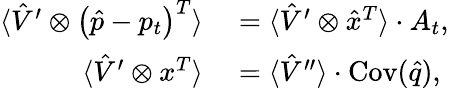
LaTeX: \begin{array}{rl}{\langle\hat{V}^{\prime}\otimes\left(\hat{p}-p_{t}\right)^{T}\rangle}&{{}=\langle\hat{V}^{\prime}\otimes\hat{x}^{T}\rangle\cdot A_{t},}\\ {\langle\hat{V}^{\prime}\otimes x^{T}\rangle}&{{}=\langle\hat{V}^{\prime\prime}\rangle\cdot\operatorname{Cov}(\hat{q}),}\end{array}